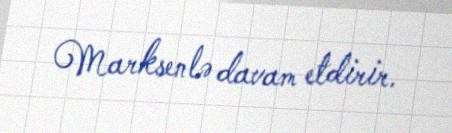
Marksenlə davam etdirir.